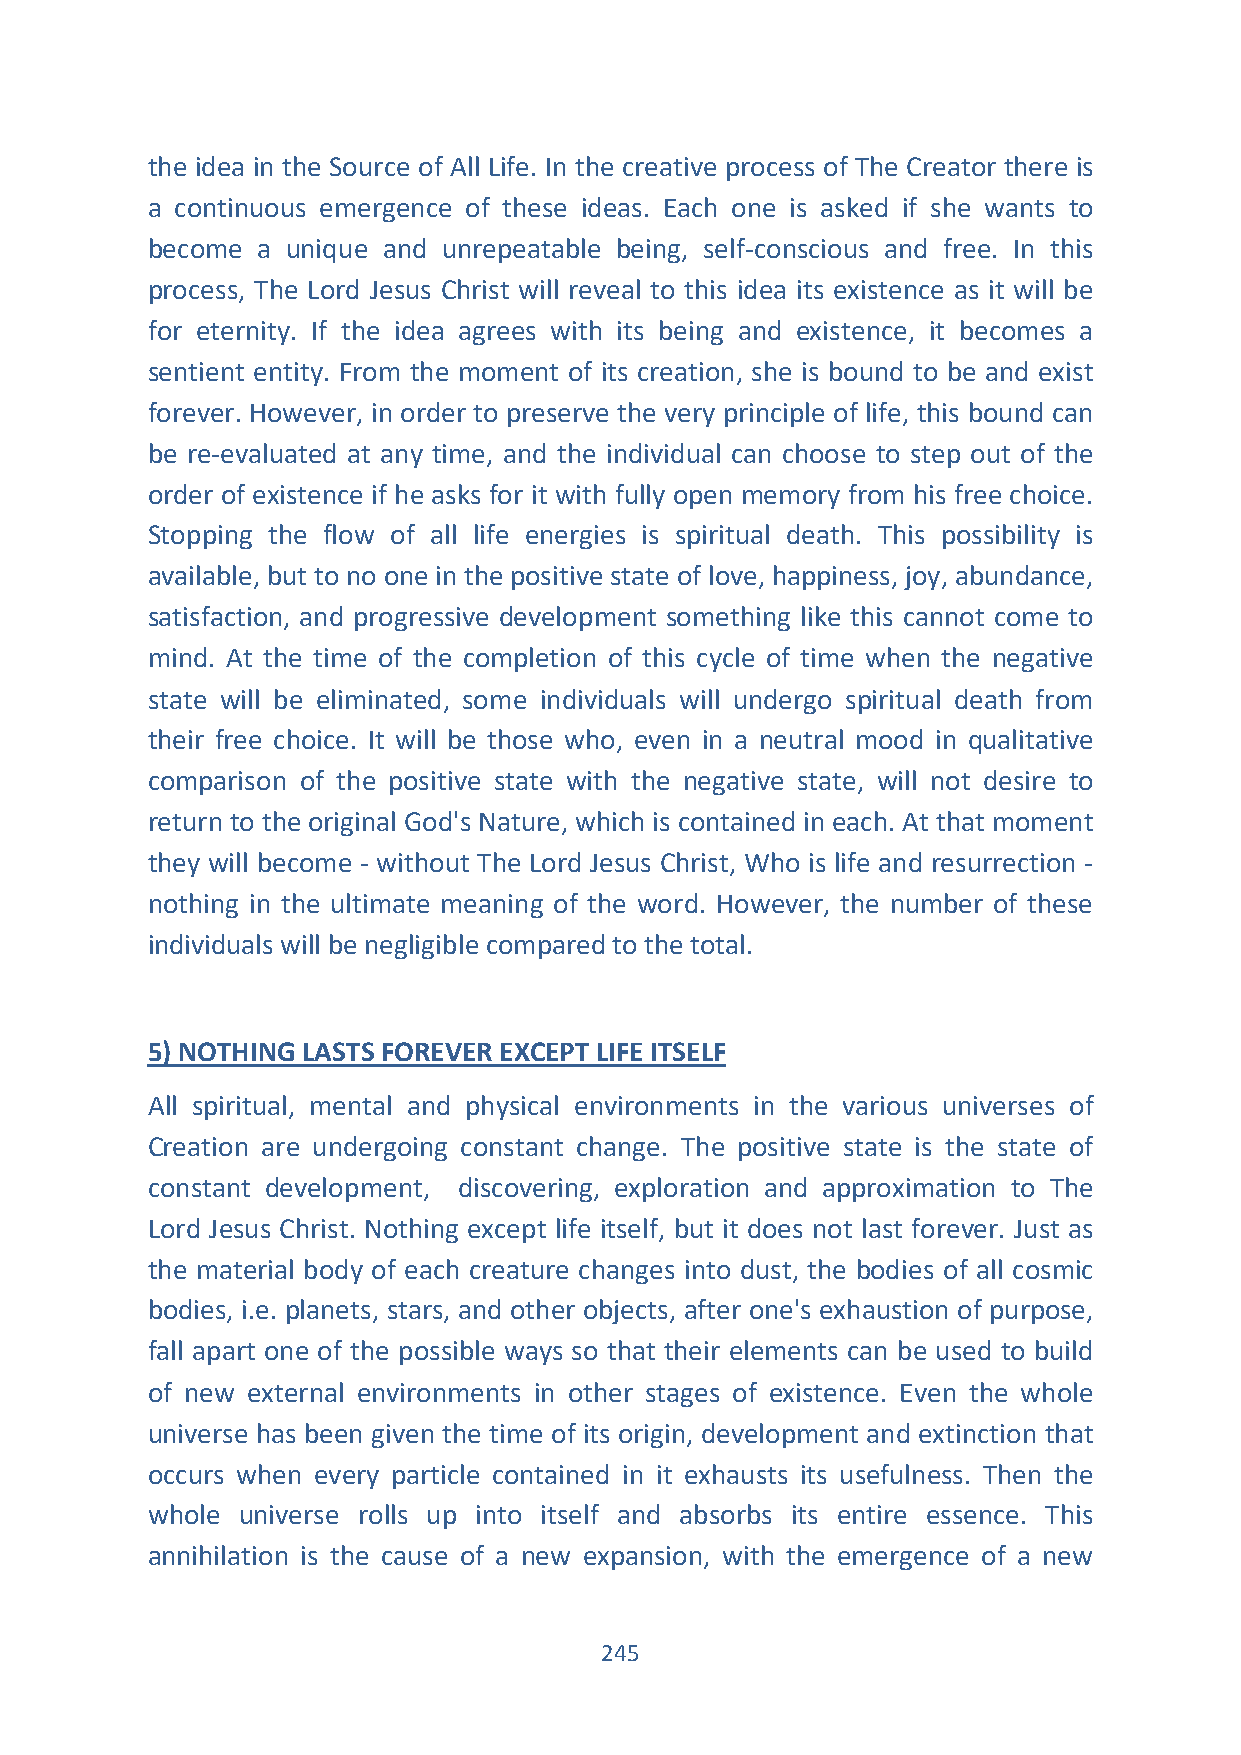
the idea in the Source of All Life. In the creative process of The Creator there is
 a continuous emergence of these ideas. Each one is asked if she wants to
 become a unique and unrepeatable being, self-conscious and free. In this
 process, The Lord Jesus Christ will reveal to this idea its existence as it will be
 for eternity. If the idea agrees with its being and existence, it becomes a
 sentient entity. From the moment of its creation, she is bound to be and exist
 forever. However, in order to preserve the very principle of life, this bound can
 be re-evaluated at any time, and the individual can choose to step out of the
 order of existence if he asks for it with fully open memory from his free choice.
 Stopping the flow of all life energies is spiritual death. This possibility is
 available, but to no one in the positive state of love, happiness, joy, abundance,
 satisfaction, and progressive development something like this cannot come to
 mind. At the time of the completion of this cycle of time when the negative
 state will be eliminated, some individuals will undergo spiritual death from
 their free choice. It will be those who, even in a neutral mood in qualitative
 comparison of the positive state with the negative state, will not desire to
 return to the original God's Nature, which is contained in each. At that moment
 they will become - without The Lord Jesus Christ, Who is life and resurrection -
 nothing in the ultimate meaning of the word. However, the number of these
 individuals will be negligible compared to the total.
 5) NOTHING LASTS FOREVER EXCEPT LIFE ITSELF
 All spiritual, mental and physical environments in the various universes of
 Creation are undergoing constant change. The positive state is the state of
 constant development, discovering, exploration and approximation to The
 Lord Jesus Christ. Nothing except life itself, but it does not last forever. Just as
 the material body of each creature changes into dust, the bodies of all cosmic
 bodies, i.e. planets, stars, and other objects, after one's exhaustion of purpose,
 fall apart one of the possible ways so that their elements can be used to build
 of new external environments in other stages of existence. Even the whole
 universe has been given the time of its origin, development and extinction that
 occurs when every particle contained in it exhausts its usefulness. Then the
 whole universe rolls up into itself and absorbs its entire essence. This
 annihilation is the cause of a new expansion, with the emergence of a new
 245